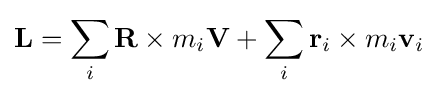
\mathbf {L} =\sum _{i}\mathbf {R} \times m_{i}\mathbf {V} +\sum _{i}\mathbf {r} _{i}\times m_{i}\mathbf {v} _{i}